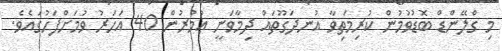
މި ގްލޭންޑް ބޮޑުވުމުން ކުރިމަތިވާ އުނދަގޫތައް ދިމާވަނީ ޢުމުރުން 40 އަހަރު ވުމަށްފަހުގައެވެ.